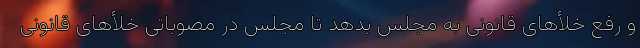
و رفع خلأهای قانونی به مجلس بدهد تا مجلس در مصوباتی خلأهای قانونی